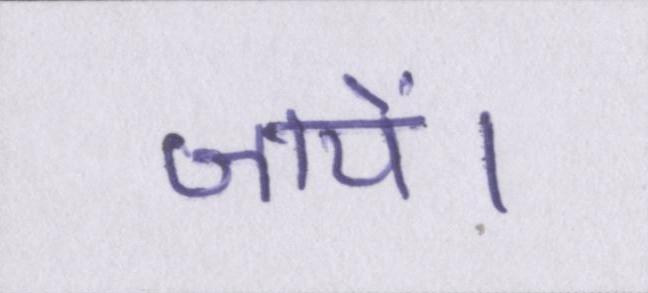
जायें।